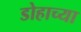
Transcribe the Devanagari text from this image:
डोहाच्या